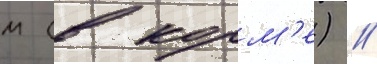
м (в корм'е) /